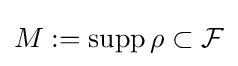
M:={\text{supp}}\,\rho \subset {\mathcal {F}}